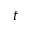
t